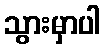
သွားမှာပါ